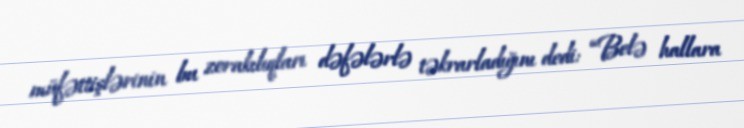
müfəttişlərinin bu zorakılıqları dəfələrlə təkrarladığını dedi: “Belə hallara